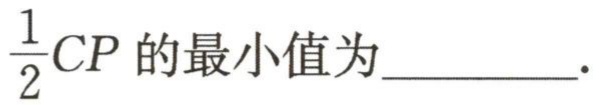
$\frac{1}{2}CP\text{ 的最小值为}\_\_\_\_.$